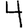
Digit: 4